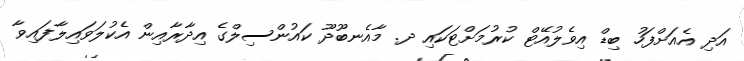
އަދި އެއަށްފަހު ބިޑް އިވެލުއޭޓް ކުރުމަށްޓަކައި ދ. މާއެނބޫދޫ ކައުންސިލްގެ އިދާރާއިން އެކުލަވައިލާފައިވާ